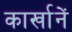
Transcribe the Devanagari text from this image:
कार्खानें